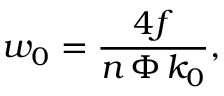
w _ { 0 } = \frac { 4 f } { n \, \Phi \, k _ { 0 } } ,